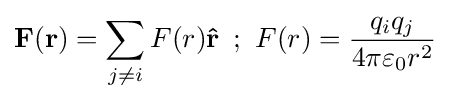
\mathbf {F} (\mathbf {r} )=\sum _{j\neq i}F(r)\mathbf {\hat {r}} \,\,\,;\,\,F(r)={\frac {q_{i}q_{j}}{4\pi \varepsilon _{0}r^{2}}}